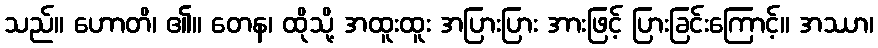
သည်။ ဟောတိ၊ ၏။ တေန၊ ထိုသို့ အထူးထူး အပြားပြား အားဖြင့် ပြားခြင်းကြောင့်။ အဿာ၊